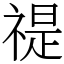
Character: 禔